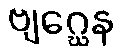
ဗျဂ္ဃေန